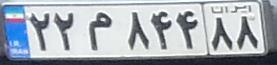
۲۲م۸۴۴۸۸